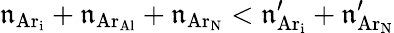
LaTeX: \mathfrak{n}_{\mathrm{{Ar_{i}}}}+\mathfrak{n}_{\mathrm{{Ar_{Al}}}}+\mathfrak{n}_{\mathrm{{Ar_{N}}}}<\mathfrak{n}_{\mathrm{{Ar_{i}}}}^{\prime}+\mathfrak{n}_{\mathrm{{Ar_{N}}}}^{\prime}